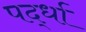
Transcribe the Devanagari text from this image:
पर्द्धा